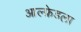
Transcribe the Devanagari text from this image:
आल्फ्रेडला